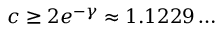
c \geq 2 e ^ { - \gamma } \approx 1 . 1 2 2 9 \ldots